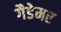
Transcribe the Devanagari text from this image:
गैडेमर